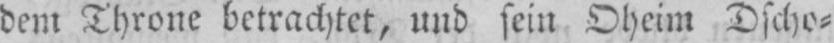
dem Throne betrachtet, und sein Oheim Dscho⸗